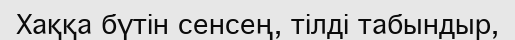
Хаққа бүтін сенсең, тілді табындыр,